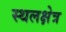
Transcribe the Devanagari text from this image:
स्थलक्षेत्र